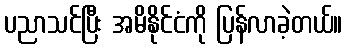
ပညာသင်ပြီး အမိနိုင်ငံကို ပြန်လာခဲ့တယ်။